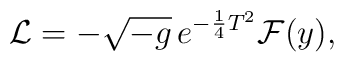
{\cal L} = - \sqrt {-g} \thinspace  e^{ - \frac{1}{4} T^2 }{\cal F}(y),